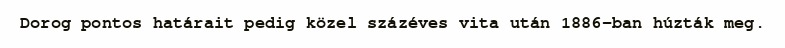
Dorog pontos határait pedig közel százéves vita után 1886-ban húzták meg.